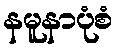
နမူနာပုံစံ